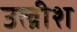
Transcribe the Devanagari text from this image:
उल्रीश